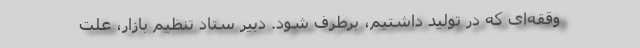
وققه‌ای که در تولید داشتیم، برطرف شود. دبیر ستاد تنظیم بازار، علت